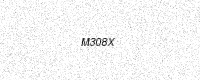
Text: M308X